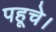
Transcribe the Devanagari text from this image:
पहूचे।